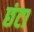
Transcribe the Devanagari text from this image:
छंटा